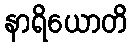
နာရိယောတိ